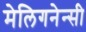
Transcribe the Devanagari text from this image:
मेलिगनेन्सी